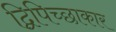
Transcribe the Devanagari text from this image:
द्विपिच्छाकार